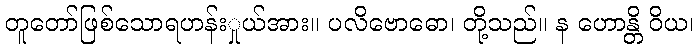
တူတော်ဖြစ်သောရဟန်းှုယ်အား။ ပလိဗောဓော၊ တို့သည်။ န ဟောန္တိ ဝိယ၊